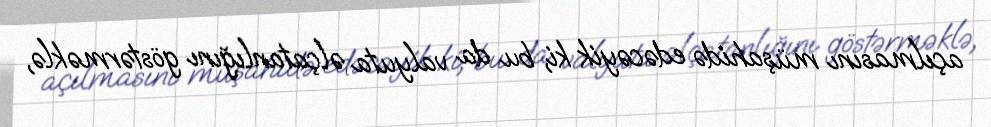
açılmasını müşahidə edəcəyik ki, bu da valyuta əlçatanlığını göstərməklə,